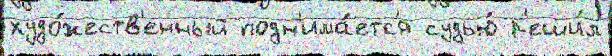
худо́жеств'енный подн'има́етс'я судью́ р'еши́л